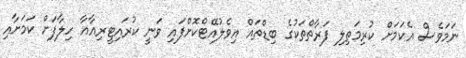
ނަމަވެސް އެކަމަށް ކުރިމަތިލި ފަރާތްތަކުގެ ބިޑްތައް އިވެލުއޭޓްކޮށްފައި ވަނީ ކުރައިޓީރިއާއާ ހިލާފަށް ކަމަށާއި